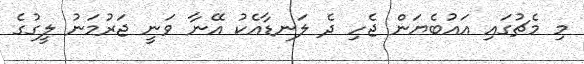
މި މެޗުގައި އައުބެޔަން ޖެހި ދެ ލަނޑާއެކު އޭނާ ވަނީ ޖަރުމަނު ލީގުގެ